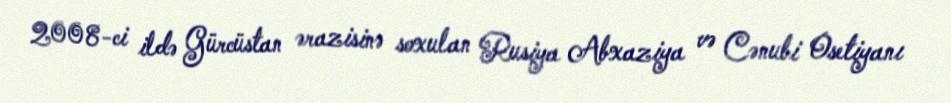
2008-ci ildə Gürcüstan ərazisinə soxulan Rusiya Abxaziya və Cənubi Osetiyanı